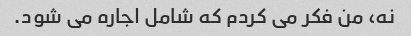
نه، من فکر می کردم که شامل اجاره می شود.